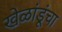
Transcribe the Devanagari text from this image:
खेळांडूंचा